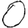
Digit: 0